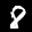
Label: 8